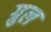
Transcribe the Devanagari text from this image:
ग्रुल